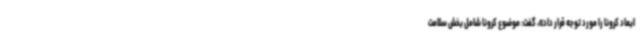
ابعاد کرونا را مورد توجه قرار داد»، گفت: موضوع کرونا شامل بخش سلامت